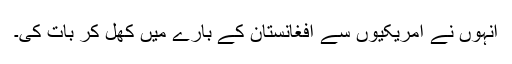
انہوں نے امریکیوں سے افغانستان کے بارے میں کھل کر بات کی۔